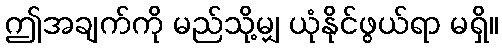
ဤအချက်ကို မည်သို့မျှ ယုံနိုင်ဖွယ်ရာ မရှိ။